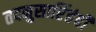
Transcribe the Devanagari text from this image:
तदनुसारिंहंदी